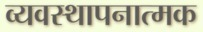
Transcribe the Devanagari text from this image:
व्यवस्थापनात्मक